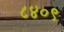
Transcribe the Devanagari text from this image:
८४०९